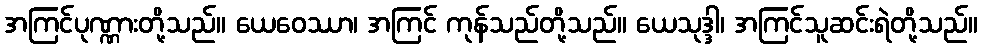
အကြင်ပုဏ္ဏားတို့သည်။ ယေဝေဿာ၊ အကြင် ကုန်သည်တို့သည်။ ယေသုဒ္ဒါ၊ အကြင်သူဆင်းရဲတို့သည်။